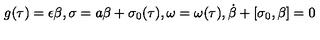
g ( \tau ) = \epsilon \beta , \sigma = a \beta + \sigma _ { 0 } ( \tau ) , \omega = \omega ( \tau ) , \dot { \beta } + [ \sigma _ { 0 } , \beta ] = 0